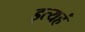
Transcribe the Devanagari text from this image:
इत्यहं